Annual report of the Punjab Veterinary College and of the Civil Veterinary Department, Punjab - 1909-1919
Year: 1909
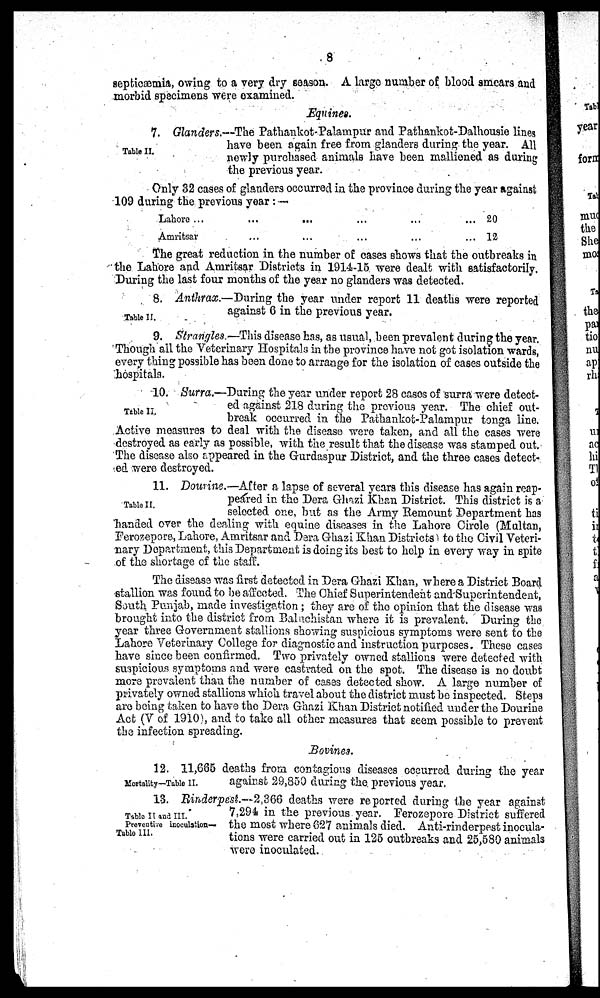
8
septicæmis, owing to a very dry season. A large number of blood smears and
morbid specimens were examined.
Equines.
Table II.
7. Glanders.—The Pathankot-Palampur and Pathankot-Dalhousie lines
have been again free from glanders during the year. All
newly purchased animals have been malliened as during
the previous year.
Only 32 cases of glanders occurred in the province during the year against
109 during the previous year: —
Lahore ... ... .... ... ...
Amritsar ... ... .... ... ...
20
12
The great reduction in the number of cases shows that the outbreaks in
the Lahore and Amritsar Districts in 1914-15 were dealt with satisfactorily.
During the last four months of the year no glanders was detected.
Table II.
8. Anthrax.—During the year under report 11 deaths were reported
against 6 in the previous year.
9. Strangles —This disease has, as usual, been prevalent during the year.
Though all the Veterinary Hospitals in the province have not got isolation wards,
every thing possible has been done to arrange for the isolation of cases outside the
hospitals.
Table II.
10. Surra.—During the year under report 28 cases of surra were detect-
ed against 218 during the previous year. The chief out-
break occurred in the Pathankot-Palampur tonga line.
Active measures to deal with the disease were taken, and all the cases were
destroyed as early as possible, with the result that the disease was stamped out.
The disease also appeared in the Gurdaspur District, and the three cases detect-
ed were destroyed.
Table II.
11. Dourine.—After a lapse of several years this disease has again reap-
peared in the Dera Ghazi Khan District. This district is a
selected one, but as the Army Remount Department has
handed over the dealing with equine diseases in the Lahore Circle (Multan,
Ferozepore, Lahore, Amritsar and Dera Ghazi Khan Districts) to the Civil Veteri-
nary Department, this Department is doing its best to help in every way in spite
of the shortage of the staff.
The disease was first detected in Dera Ghazi Khan, where a District Board
stallion was found to be affected. The Chief Superintendent and Superintendent,
South Punjab, made investigation; they are of the opinion that the disease was
brought into the district from Baluchistan where it is prevalent. During the
year three Government stallions showing suspicious symptoms were sent to the
Lahore Veterinary College for diagnostic and instruction purposes. These cases
have since been confirmed. Two privately owned stallions were detected with
suspicious symptoms and were castrated on the spot. The disease is no doubt
more prevalent than the number of cases detected show. A large number of
privately owned stallions which travel about the district must be inspected. Steps
are being taken to have the Dera Ghazi Khan District notified under the Dourine
Act (V of 1910), and to take all other measures that seem possible to prevent
the infection spreading.
Bovines.
Mortality—Table II.
12. 11,665 deaths from contagions diseases occurred during the year
against 29,850 during the previous year.
Table II and III.
Preventive inoculation—
Table III.
13. Rinderpest.—2,366 deaths were reported during the year against
7,294 in the previous year. Ferozepore District suffered
the most where 627 animals died. Anti-rinderpest inocula-
tions were carried out in 125 outbreaks and 25,580 animals
were inoculated.